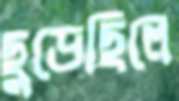
ছুড়েছিলে